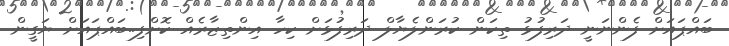
ބައްޕައަށް ފެންނަނީ ދަރިފުޅު ތިކަން ކުރަންލެޔާލް ދަރިފުޅަށް ކިހާ އިންތިޒާރެއް ކޮށްފި..ބައްޕައަށް ޔަގީން